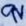
Text: 9V